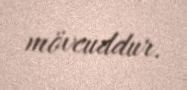
mövcuddur.